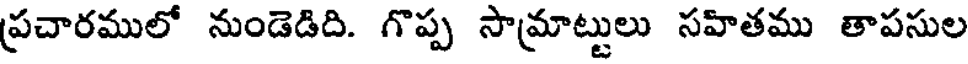
ప్రచారములో నుండెడిది. గొప్ప సామ్రాట్టులు సహితము తాపసుల